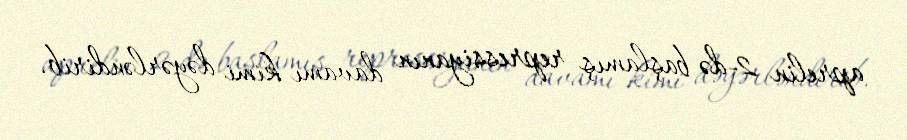
aprelin 2-də başlamış repressiyanın davamı kimi dəyərləndirib.